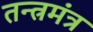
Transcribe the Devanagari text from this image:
तन्त्रमंत्र